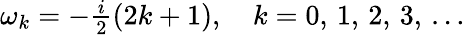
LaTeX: \begin{array}{r}{\omega_{k}=-\frac{i}{2}(2k+1),\quad k=0,\, 1,\, 2,\, 3,\, \dots}\end{array}